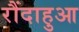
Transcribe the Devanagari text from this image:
रौंदाहुआ